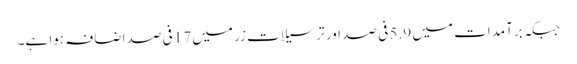
جبکہ برآمدات میں 5.9 فی صد اور ترسیلات زر میں 17فی صد اضافہ ہوا ہے۔